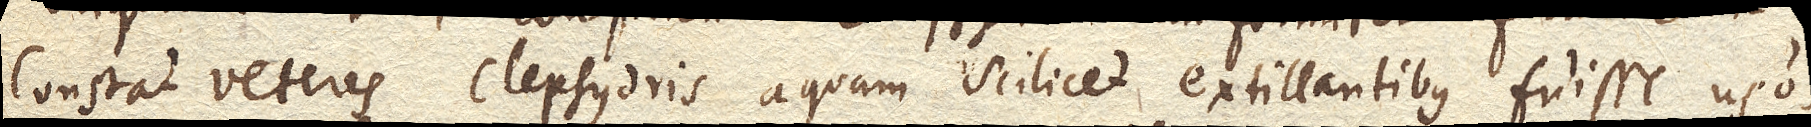
Constat veteres clepsydris, aquam scilicet extillantibus fuisse usos.